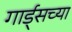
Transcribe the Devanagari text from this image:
गार्ड्‌सच्या